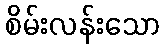
စိမ်းလန်းသော